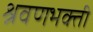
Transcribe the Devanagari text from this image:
श्रवणभक्ती